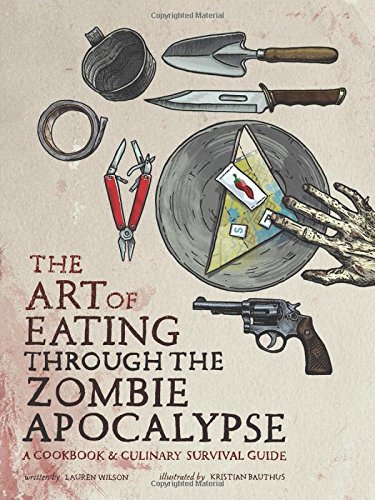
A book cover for The Art of Eating through the Zombie Apocalypse: A Cookbook and Culinary Survival Guide; Lauren Wilson; Humor & Entertainment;